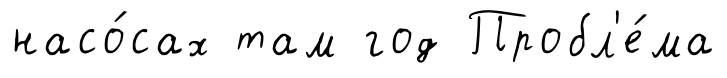
насо́сах там год Пробл'е́ма